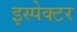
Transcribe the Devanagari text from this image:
इस्पेक्टर